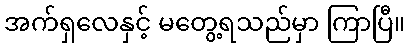
အက်ရှလေနှင့် မတွေ့ရသည်မှာ ကြာပြီ။